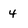
Character: 4